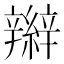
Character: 辮